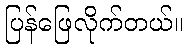
ပြန်ဖြေလိုက်တယ်။